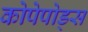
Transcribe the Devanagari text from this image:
कोपेपोड्स